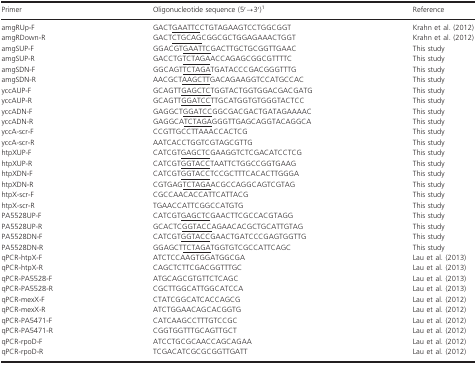
<table><thead><tr><td><b>Primer</b></td><td><b>Oligonucleotide sequence (5′→3′)1</b></td><td><b>Reference</b></td></tr></thead><tbody><tr><td>amgRUp-F</td><td>GACTGAATTCCTGTAGAAGTCCTGGCGGT</td><td>Krahn et al. (2012)</td></tr><tr><td>amgRDown-R</td><td>GACTCTGCAGCGGCGCTGGAGAAACTGGT</td><td>Krahn et al. (2012)</td></tr><tr><td>amgSUP-F</td><td>GGACGTGAATTCGACTTGCTGCGGTTGAAC</td><td>This study</td></tr><tr><td>amgSUP-R</td><td>GACCTGTCTAGAACCAGAGCGGCGTTTTC</td><td>This study</td></tr><tr><td>amgSDN-F</td><td>GGCAGTTCTAGATGATACCCGACGGGTTTG</td><td>This study</td></tr><tr><td>amgSDN-R</td><td>AACGCTAAGCTTGACAGAAGGTCCATGCCAC</td><td>This study</td></tr><tr><td>yccAUP-F</td><td>GCAGTTGAGCTCTGGTACTGGTGGACGACGATG</td><td>This study</td></tr><tr><td>yccAUP-R</td><td>GCAGTTGGATCCTTGCATGGTGTGGGTACTCC</td><td>This study</td></tr><tr><td>yccADN-F</td><td>GAGGCTGGATCCGGCGACGACTGATAGAAAAC</td><td>This study</td></tr><tr><td>yccADN-R</td><td>GAGGCATCTAGAGGGTTGAGCAGGTACAGGCA</td><td>This study</td></tr><tr><td>yccA-scr-F</td><td>CCGTTGCCTTAAACCACTCG</td><td>This study</td></tr><tr><td>yccA-scr-R</td><td>AATCACCTGGTCGTAGCGTTG</td><td>This study</td></tr><tr><td>htpXUP-F</td><td>CATCGTGAGCTCGAAGGTCTCGACATCCTCG</td><td>This study</td></tr><tr><td>htpXUP-R</td><td>CATCGTGGTACCTAATTCTGGCCGGTGAAG</td><td>This study</td></tr><tr><td>htpXDN-F</td><td>CATCGTGGTACCTCCGCTTTCACACTTGGGA</td><td>This study</td></tr><tr><td>htpXDN-R</td><td>CGTGAGTCTAGAACGCCAGGCAGTCGTAG</td><td>This study</td></tr><tr><td>htpX-scr-F</td><td>CGCCAACACCATTCATTACG</td><td>This study</td></tr><tr><td>htpX-scr-R</td><td>TGAACCATTCGGCCATGTG</td><td>This study</td></tr><tr><td>PA5528UP-F</td><td>CATCGTGAGCTCGAACTTCGCCACGTAGG</td><td>This study</td></tr><tr><td>PA5528UP-R</td><td>GCACTCGGTACCAGAACACGCTGCATTGTAG</td><td>This study</td></tr><tr><td>PA5528DN-F</td><td>CATCGTGGTACCGAACTGATCCCGAGTGGTTG</td><td>This study</td></tr><tr><td>PA5528DN-R</td><td>GGAGCTTCTAGATGGTGTCGCCATTCAGC</td><td>This study</td></tr><tr><td>qPCR-htpX-F</td><td>ATCTCCAAGTGGATGGCGA</td><td>Lau et al. (2013)</td></tr><tr><td>qPCR-htpX-R</td><td>CAGCTCTTCGACGGTTTGC</td><td>Lau et al. (2013)</td></tr><tr><td>qPCR-PA5528-F</td><td>ATGCAGCGTGTTCTCAGC</td><td>Lau et al. (2013)</td></tr><tr><td>qPCR-PA5528-R</td><td>CGCTTGGCATTGGCATCCA</td><td>Lau et al. (2013)</td></tr><tr><td>qPCR-mexX-F</td><td>CTATCGGCATCACCAGCG</td><td>Lau et al. (2012)</td></tr><tr><td>qPCR-mexX-R</td><td>ATCTGGAACAGCACGGTG</td><td>Lau et al. (2012)</td></tr><tr><td>qPCR-PA5471-F</td><td>CATCAAGCCTTTGTCCGC</td><td>Lau et al. (2012)</td></tr><tr><td>qPCR-PA5471-R</td><td>CGGTGGTTTGCAGTTGCT</td><td>Lau et al. (2012)</td></tr><tr><td>qPCR-rpoD-F</td><td>ATCCTGCGCAACCAGCAGAA</td><td>Lau et al. (2012)</td></tr><tr><td>qPCR-rpoD-R</td><td>TCGACATCGCGCGGTTGATT</td><td>Lau et al. (2012)</td></tr></tbody></table>